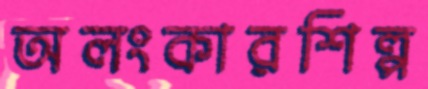
অলংকারশিল্প